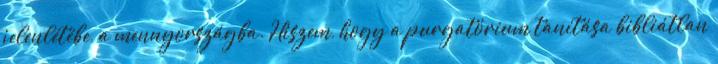
jelenlétébe, a mennyországba. Hiszem, hogy a purgatórium tanítása bibliátlan